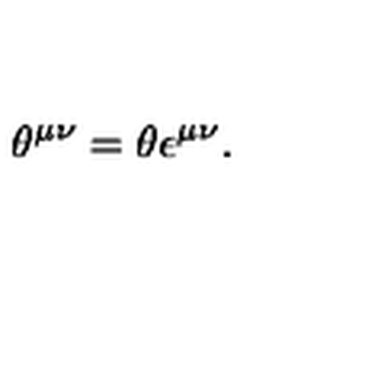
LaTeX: \theta ^ { \mu \nu } = \theta \epsilon ^ { \mu \nu } .